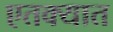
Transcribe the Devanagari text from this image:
एतक्यात